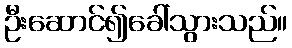
ဦးဆောင်၍ခေါ်သွားသည်။